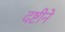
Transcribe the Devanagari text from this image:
दष्टीने